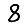
Digit: 8